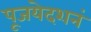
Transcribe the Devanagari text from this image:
पूजयेदशनं